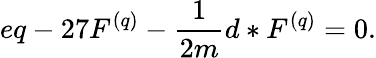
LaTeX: eq-27F^{(q)}-\frac{1}{2m}d\ast F^{(q)}=0.